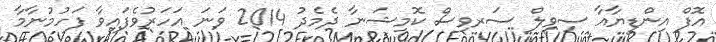
އޮފް އިންޑީޔާއާ ސިވިލް ސަރވިސް ކޮމިޝަނާ ދެމެދު 2014 ވަނަ އަހަރުވެފައިވާ ފަހުމުނާމާ